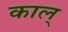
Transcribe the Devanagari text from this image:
काल्